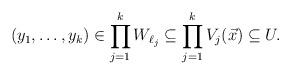
LaTeX: \begin{align*} (y_1,\ldots, y_k) \in \prod_{j=1}^k W_{\ell_j} \subseteq \prod_{j=1}^k V_j(\vec x) \subseteq U. \end{align*}